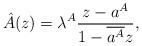
LaTeX: \begin{align*} \hat{A}(z)=\lambda^A \frac{z-a^A}{1-\overline{a^A}z}, \end{align*}